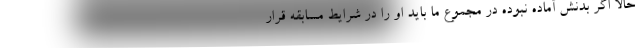
حالا اگر بدنش آماده نبوده در مجموع ما باید او را در شرایط مسابقه قرار